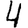
Digit: 4